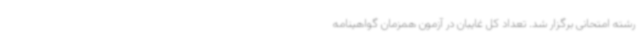
رشته امتحانی برگزار شد. تعداد کل غایبان در آزمون همزمان گواهینامه